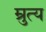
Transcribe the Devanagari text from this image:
म्रुत्य